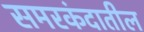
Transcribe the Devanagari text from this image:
समरकंदातील